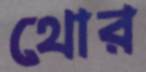
থোর